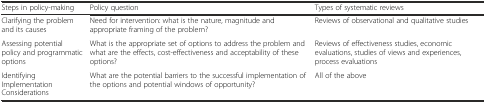
| Steps in policy-making | Policy question | Types of systematic reviews |
 | --- | --- | --- |
 | Clarifying the problem and its causes | Need for intervention: what is the nature, magnitude and appropriate framing of the problem? | Reviews of observational and qualitative studies |
 | Assessing potential policy and programmatic options | What is the appropriate set of options to address the problem and what are the effects, cost-effectiveness and acceptability of these options? | Reviews of effectiveness studies, economic evaluations, studies of views and experiences, process evaluations |
 | Identifying | <ROWSPAN=3> What are the potential barriers to the successful implementation of the options and potential windows of opportunity? | <ROWSPAN=3> All of the above |
 | Implementation |
 | Considerations |